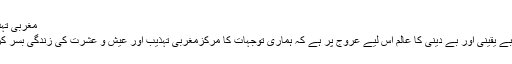
مغربی تہذیب کو ترجیح
مسلمانوں میں بے یقینی اور بے دینی کا عالم اس لیے عروج پر ہے کہ ہماری توجہات کا مرکزمغربی تہذیب اور عیش و عشرت کی زندگی بسر کرنا بن گیا ہے۔